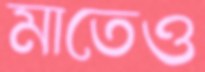
মাতেও